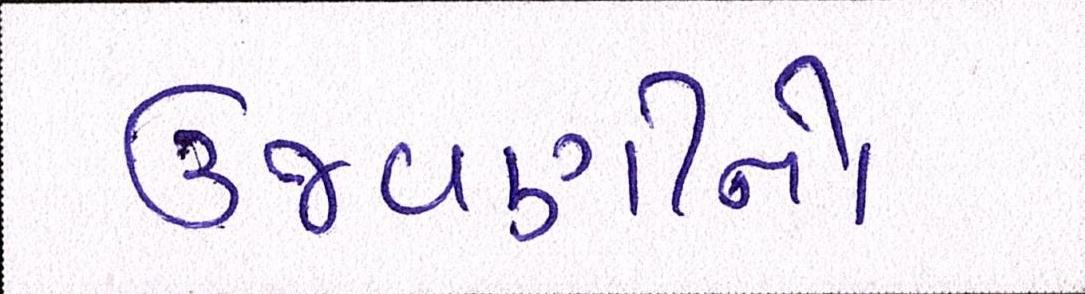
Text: ઉજવણીનો